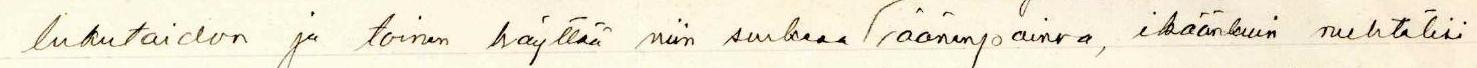
lukutaidon ja toinen käyttää niin surkeaa / äänenpainoa, ikäänkuin nuhtälisi